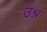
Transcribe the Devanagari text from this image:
उश्र